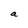
Character: a